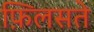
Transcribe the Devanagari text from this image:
फ़िलसते